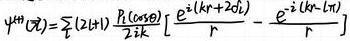
$y^{(n)}(x)=\frac {1}{2}(2n+1)\frac {R(\cos \theta )}{r^{2n+2}}\left[\frac {e^{i(kr+2n\theta )}}{2}-\frac {e^{-i(kr-2n\theta )}}{2}\right]$